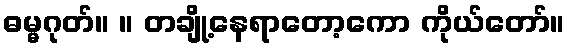
ဓမ္မဂုတ်။ ။ တချို့နေရာတော့ကော ကိုယ်တော်။